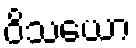
ဝိသယော